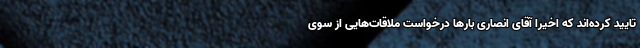
تایید کرده‌اند که اخیرا آقای انصاری بارها درخواست ملاقات‌هایی از سوی